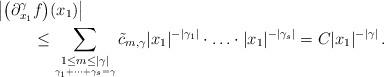
LaTeX: \begin{align*} \big| \big(\partial_{x_1}^{\gamma}&f\big)(x_1)\big|\\ &\le \sum_{\underset{\gamma_1+\cdots+\gamma_s=\gamma}{1\le m\le|\gamma|}} \tilde{c}_{m,\gamma}|x_1|^{-|\gamma_1|}\cdot\ldots\cdot|x_1|^{-|\gamma_s|} =C|x_1|^{-|\gamma|}\,.\end{align*}